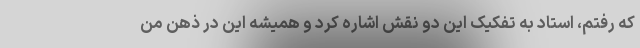
که رفتم، استاد به تفکیک این دو نقش اشاره کرد و همیشه این در ذهن من